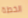
الخطة